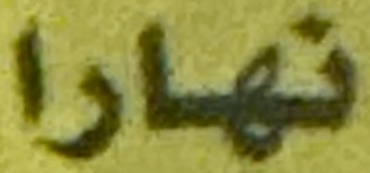
نهارا